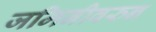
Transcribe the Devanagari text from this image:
जमिनीवरुन